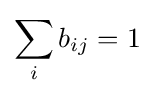
\sum _{i}b_{ij}=1